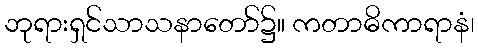
ဘုရားရှင်သာသနာတော်၌။ ကတာဓိကာရာနံ၊